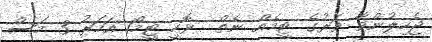
ޖެހިލުންވާ ވަރުގެ ޓީމެއް ނެތް  ޅޮހީ ޓީމް1 އަހަރު 3 މަސް